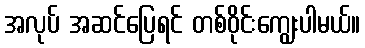
အလုပ် အဆင်ပြေရင် တစ်ဝိုင်းကျွေးပါမယ်။